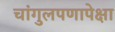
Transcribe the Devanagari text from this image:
चांगुलपणापेक्षा